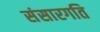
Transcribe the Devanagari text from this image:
संसारगति